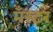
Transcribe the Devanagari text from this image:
मँस्टर